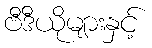
ဗီဒီယိုများနှင့်